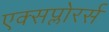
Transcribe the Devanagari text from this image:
एक्सप्लोरर्स